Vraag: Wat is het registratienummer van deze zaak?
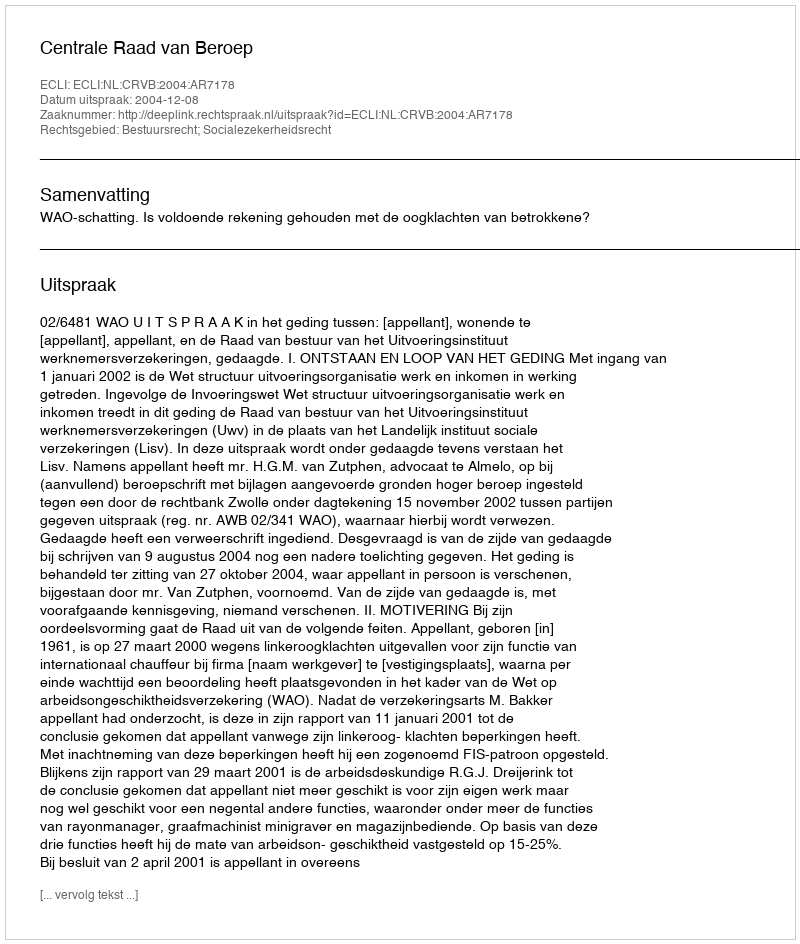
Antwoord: http://deeplink.rechtspraak.nl/uitspraak?id=ECLI:NL:CRVB:2004:AR7178